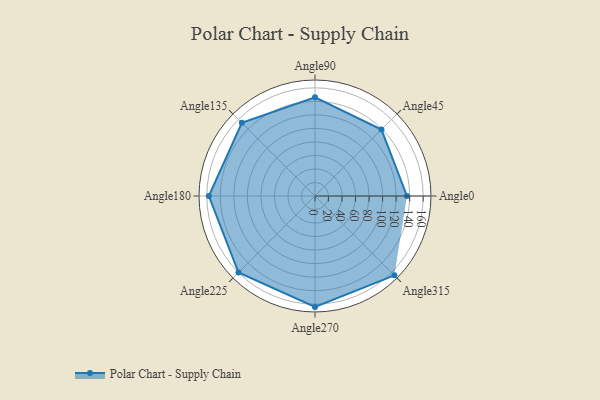
{"axis": {"x": "Angle", "y": "Radius"}, "legend": [""], "data": [{"x": "Angle0", "y": 136.0, "type": ""}, {"x": "Angle45", "y": 139.0, "type": ""}, {"x": "Angle90", "y": 146.0, "type": ""}, {"x": "Angle135", "y": 153.0, "type": ""}, {"x": "Angle180", "y": 157.0, "type": ""}, {"x": "Angle225", "y": 160.0, "type": ""}, {"x": "Angle270", "y": 164.0, "type": ""}, {"x": "Angle315", "y": 166.0, "type": ""}]}